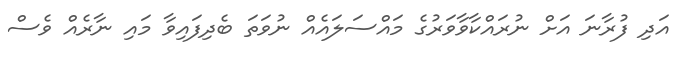
އަދި ފުރާނަ އަށް ނުރައްކާވާވަރުގެ މައްސަލައެއް ނުވަތަ ބެދިފައިވާ މައި ނާރެއް ވެސް